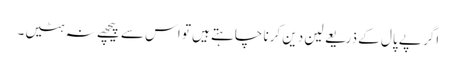
اگر پے پال کے ذریعے لین دین کرنا چاہتے ہیں تو اس سے پیچھے نہ ہٹیں۔